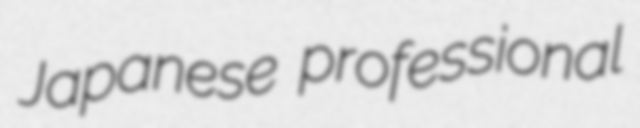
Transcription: Japanese professional